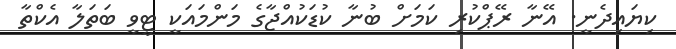
ކިޔައިދެނީ. އޭނާ ރޭޕްކުރި ކަމަށް ބުނާ ކުޑަކުއްޖާގެ މަންމައަކީ ޓީވީ ބަތަލާ އެކްތާ